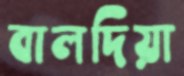
বালদিয়া